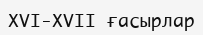
XVI-XVII ғасырлар